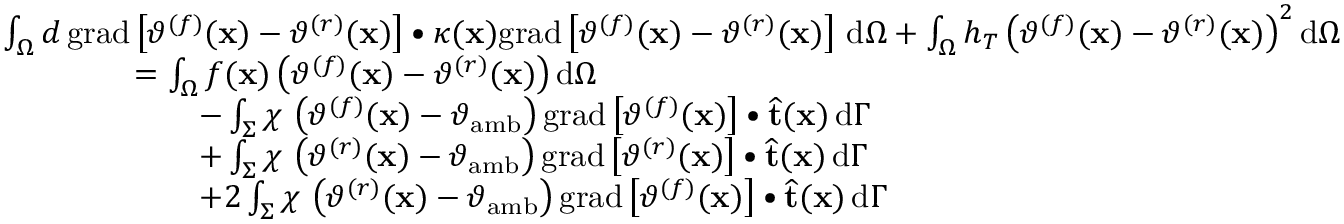
\begin{array} { r l } & { \int _ { \Omega } d \, \mathrm { g r a d } \left[ \vartheta ^ { ( f ) } ( \mathbf { x } ) - \vartheta ^ { ( r ) } ( \mathbf { x } ) \right] \bullet \kappa ( \mathbf { x } ) \mathrm { g r a d } \left[ \vartheta ^ { ( f ) } ( \mathbf { x } ) - \vartheta ^ { ( r ) } ( \mathbf { x } ) \right] \, \mathrm { d } \Omega + \int _ { \Omega } h _ { T } \left( \vartheta ^ { ( f ) } ( \mathbf { x } ) - \vartheta ^ { ( r ) } ( \mathbf { x } ) \right) ^ { 2 } \mathrm { d } \Omega } \\ & { \qquad \qquad = \int _ { \Omega } f ( \mathbf { x } ) \left( \vartheta ^ { ( f ) } ( \mathbf { x } ) - \vartheta ^ { ( r ) } ( \mathbf { x } ) \right) \mathrm { d } \Omega } \\ & { \qquad \qquad \qquad - \int _ { \Sigma } \chi \, \left( \vartheta ^ { ( f ) } ( \mathbf { x } ) - \vartheta _ { \mathrm { a m b } } \right) \mathrm { g r a d } \left[ \vartheta ^ { ( f ) } ( \mathbf { x } ) \right] \bullet \widehat { \mathbf { t } } ( \mathbf { x } ) \, \mathrm { d } \Gamma } \\ & { \qquad \qquad \qquad + \int _ { \Sigma } \chi \, \left( \vartheta ^ { ( r ) } ( \mathbf { x } ) - \vartheta _ { \mathrm { a m b } } \right) \mathrm { g r a d } \left[ \vartheta ^ { ( r ) } ( \mathbf { x } ) \right] \bullet \widehat { \mathbf { t } } ( \mathbf { x } ) \, \mathrm { d } \Gamma } \\ & { \qquad \qquad \qquad + 2 \int _ { \Sigma } \chi \, \left( \vartheta ^ { ( r ) } ( \mathbf { x } ) - \vartheta _ { \mathrm { a m b } } \right) \mathrm { g r a d } \left[ \vartheta ^ { ( f ) } ( \mathbf { x } ) \right] \bullet \widehat { \mathbf { t } } ( \mathbf { x } ) \, \mathrm { d } \Gamma } \end{array}